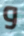
و